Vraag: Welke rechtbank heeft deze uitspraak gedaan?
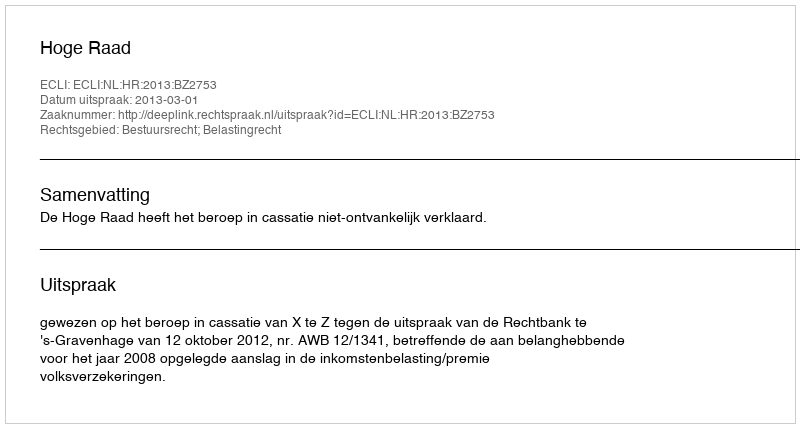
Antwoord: Hoge Raad